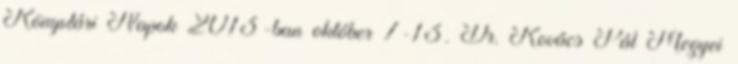
Könyvtári Napok 2013-ban október 7-13. Dr. Kovács Pál Megyei